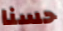
حسنا